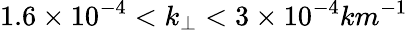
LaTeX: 1.6\times 10^{-4}<k_{\perp}<3\times 10^{-4}km^{-1}